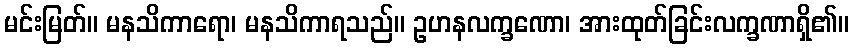
မင်းမြတ်။ မနသိကာရော၊ မနသိကာရသည်။ ဥဟနလက္ခဏော၊ အားထုတ်ခြင်းလက္ခဏာရှိ၏။